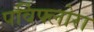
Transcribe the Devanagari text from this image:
पर्विफ्लोरा